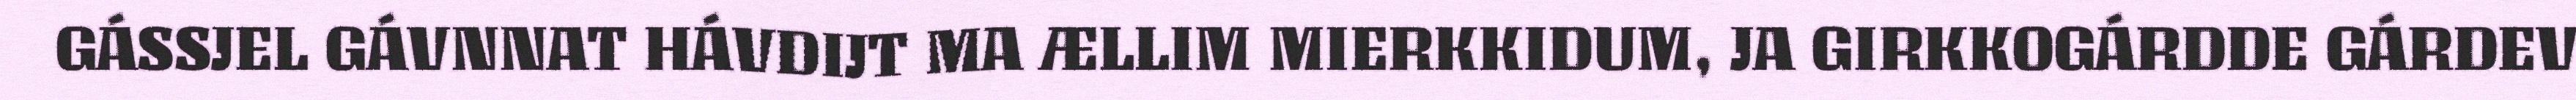
GÁSSJEL GÁVNNAT HÁVDIJT MA ÆLLIM MIERKKIDUM, JA GIRKKOGÁRDDE GÁRDEV